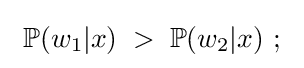
~\operatorname {\mathbb {P} } (w_{1}|x)\;>\;\operatorname {\mathbb {P} } (w_{2}|x)~;~